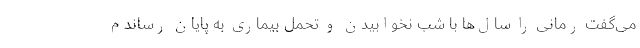
می‌گفت رُمانی را سال‌ها با شب نخوابیدن و تحمل بیماری به پایان رساندم